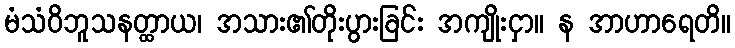
မံသံဝိဘူသနတ္ထာယ၊ အသား၏တိုးပွားခြင်း အကျိုးငှာ။ န အာဟာရေတိ။